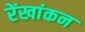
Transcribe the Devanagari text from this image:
रेंखांकन